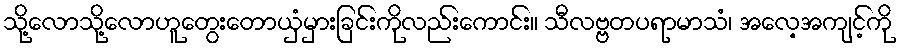
သို့လောသို့လောဟူတွေးတောယှံမှားခြင်းကိုလည်းကောင်း။ သီလဗ္ဗတပရာမာသံ၊ အလေ့အကျင့်ကို